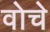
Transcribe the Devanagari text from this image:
वोचे